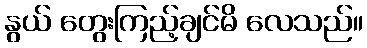
နွယ် တွေးကြည့်ချင်မိ လေသည်။